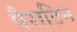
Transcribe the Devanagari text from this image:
पैराटिन